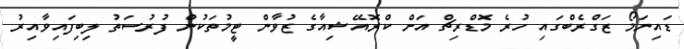
ޑައިނަމޯ ޒަގްރެބްގައި ހުރެ މޮޑްރިޗް އަށް ކްރޮއޭޝިއާގެ ޒުވާން ޓީމުތަކުން ފުރުސަތު ލިބިފައިވާއިރު